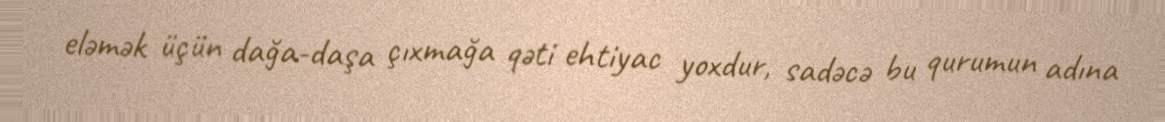
eləmək üçün dağa-daşa çıxmağa qəti ehtiyac yoxdur, sadəcə bu qurumun adına